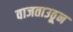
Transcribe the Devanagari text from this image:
वाजताउठून